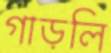
গাড়লি